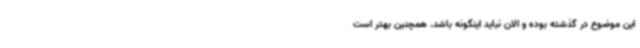
این موضوع در گذشته بوده و الان نباید اینگونه باشد. همچنین بهتر است